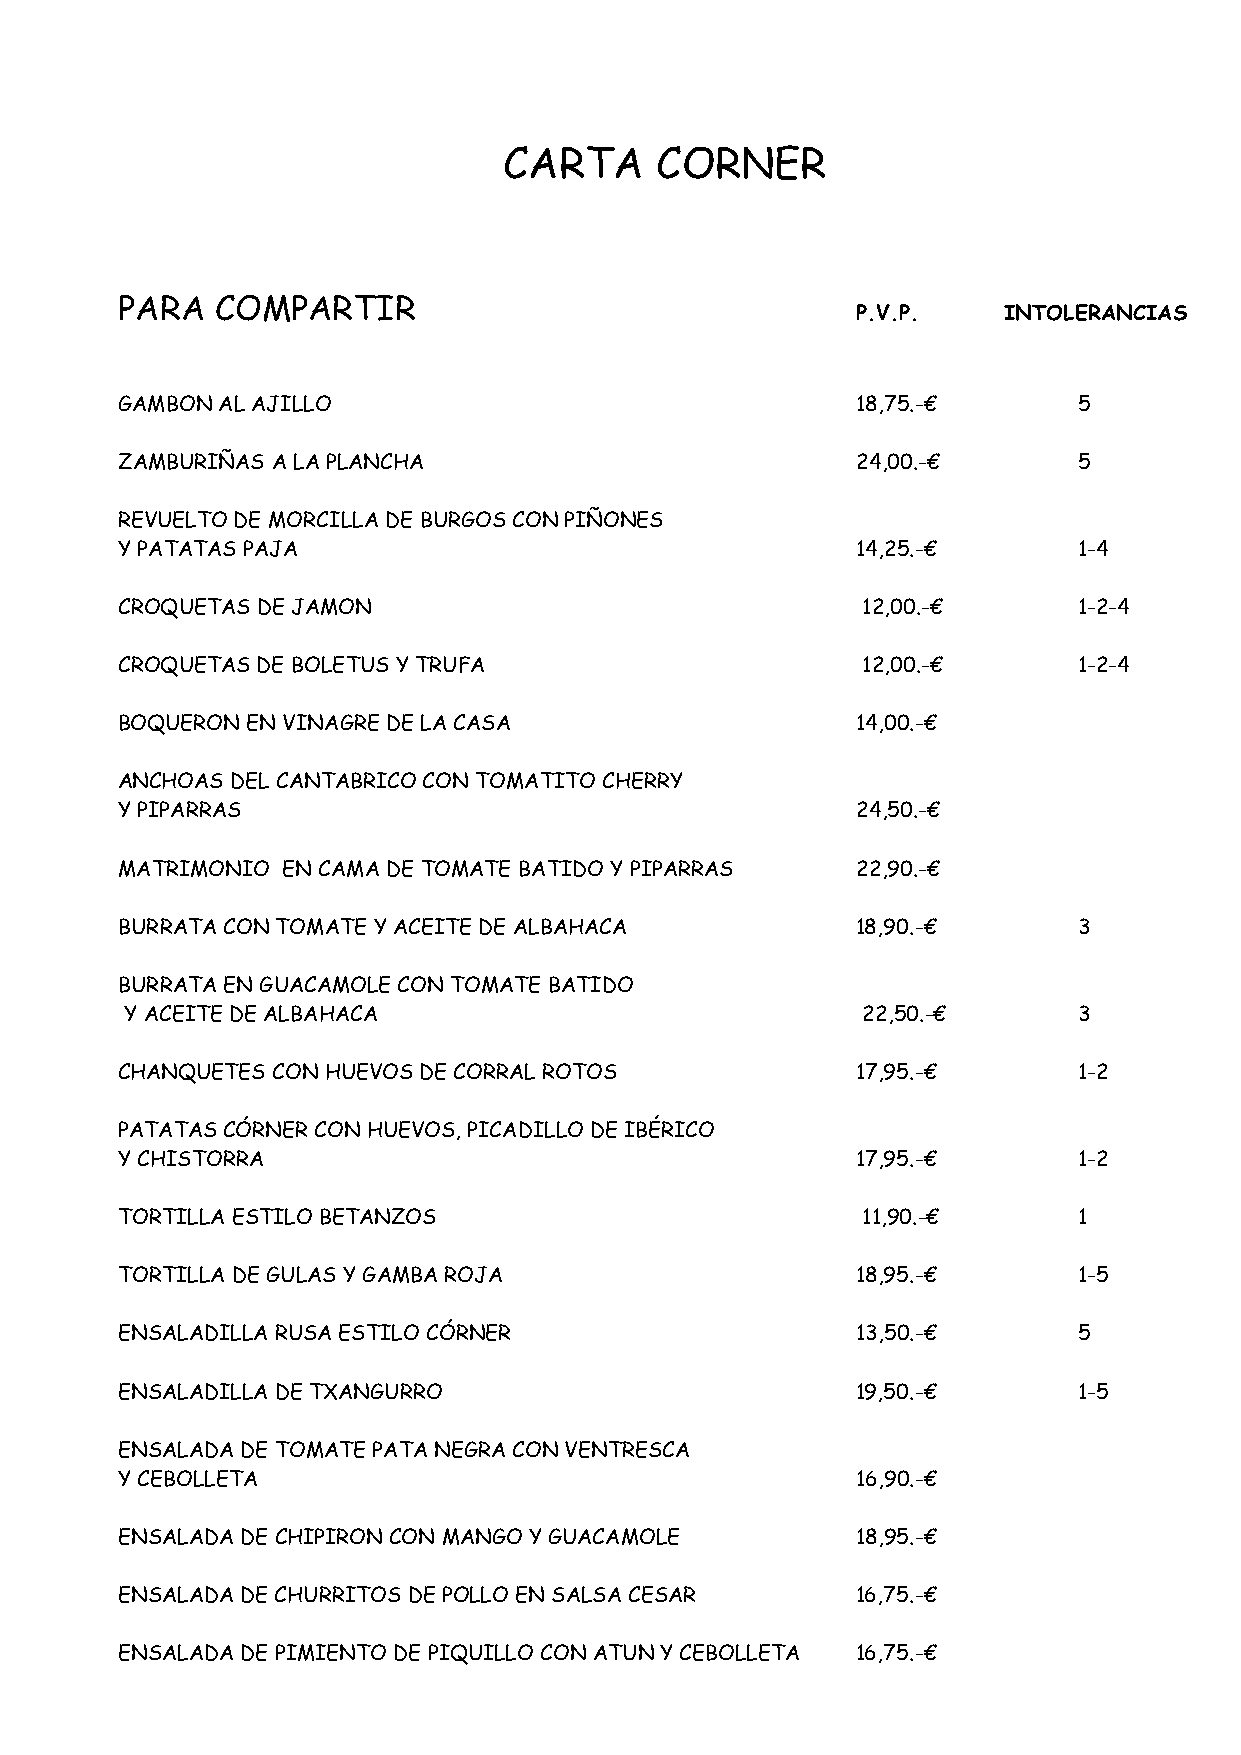
CARTA     CORNER
 PARA  COMPARTIR
 P.V.P.   INTOLERANCIAS
 GAMBON AL AJILLO                                 18,75.-€      5
 ZAMBURIÑAS A LA PLANCHA                          24,00.-€      5
 REVUELTO DE MORCILLA DE BURGOS CON PIÑONES
 Y PATATAS PAJA                                   14,25.-€      1-4
 CROQUETAS DE JAMON                               12,00.-€      1-2-4
 CROQUETAS DE BOLETUS Y TRUFA                     12,00.-€      1-2-4
 BOQUERON EN VINAGRE DE LA CASA                   14,00.-€
 ANCHOAS DEL CANTABRICO CON TOMATITO CHERRY
 Y PIPARRAS                                       24,50.-€
 MATRIMONIO EN CAMA DE TOMATE BATIDO Y PIPARRAS   22,90.-€
 BURRATA CON TOMATE Y ACEITE DE ALBAHACA          18,90.-€      3
 BURRATA EN GUACAMOLE CON TOMATE BATIDO
 Y ACEITE DE ALBAHACA                             22,50.-€      3
 CHANQUETES CON HUEVOS DE CORRAL ROTOS            17,95.-€      1-2
 PATATAS CÓRNER CON HUEVOS, PICADILLO DE IBÉRICO
 Y CHISTORRA                                      17,95.-€      1-2
 TORTILLA ESTILO BETANZOS                         11,90.-€      1
 TORTILLA DE GULAS Y GAMBA ROJA                   18,95.-€      1-5
 ENSALADILLA RUSA ESTILO CÓRNER                   13,50.-€      5
 ENSALADILLA DE TXANGURRO                         19,50.-€      1-5
 ENSALADA DE TOMATE PATA NEGRA CON VENTRESCA
 Y CEBOLLETA                                      16,90.-€
 ENSALADA DE CHIPIRON CON MANGO Y GUACAMOLE       18,95.-€
 ENSALADA DE CHURRITOS DE POLLO EN SALSA CESAR    16,75.-€
 ENSALADA DE PIMIENTO DE PIQUILLO CON ATUN Y CEBOLLETA 16,75.-€